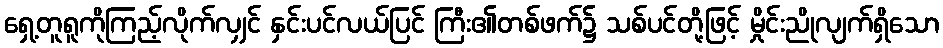
ရှေ့တူရူကိုကြည့်လိုက်လျှင် နှင်းပင်လယ်ပြင် ကြီး၏တစ်ဖက်၌ သစ်ပင်တို့ဖြင့် မှိုင်းညိုလျက်ရှိသော